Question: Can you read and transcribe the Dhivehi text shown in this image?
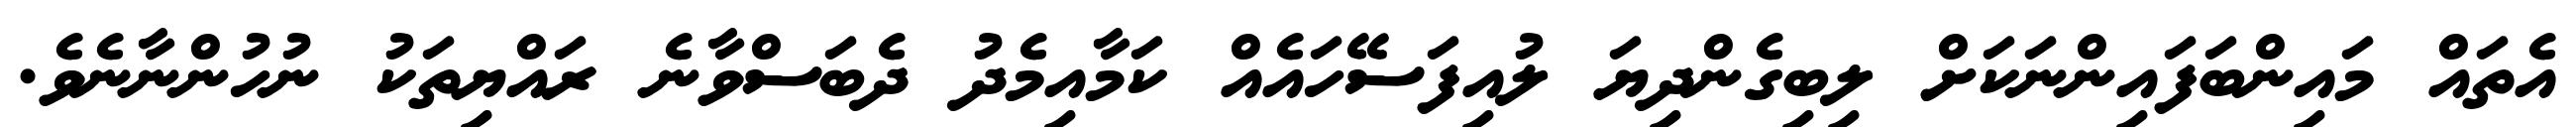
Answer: އެތައް މައިންބަފައިންނަކަށް ލިބިގެންދިޔަ ލުއިފަސޭހައެއް ކަމާއިމެދު ދެބަސްވާނެ ރައްޔިތަކު ނުހުންނާނެވެ.